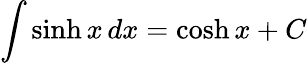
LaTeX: \int\sinh x\, dx=\cosh x+C